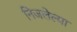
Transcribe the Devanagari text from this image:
निजलेल्या